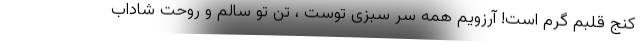
کنج قلبم گرم است! آرزویم همه سر سبزی توست ، تن تو سالم و روحت شاداب